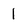
Character: l